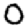
Digit: 0